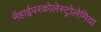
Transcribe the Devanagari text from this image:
मेंहाईपरकोलेस्ट्रोलेमिया